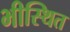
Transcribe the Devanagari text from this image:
भीस्थित